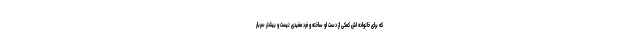
که برای خانواده اش کمکی از دست او ساخته و فرد مفیدی نیست و بیشتر سربار